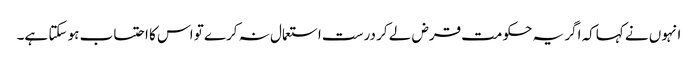
انہوں نے کہاکہ اگر یہ حکومت قرض لے کر درست استعمال نہ کرے تو اس کا احتساب ہو سکتا ہے۔